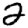
Digit: 2